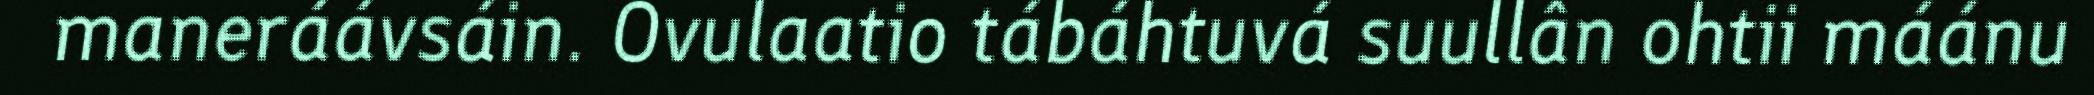
maneráávsáin. Ovulaatio tábáhtuvá suullân ohtii máánu